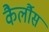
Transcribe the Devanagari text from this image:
कैर्लौस